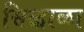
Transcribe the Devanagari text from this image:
सिद्धाळा